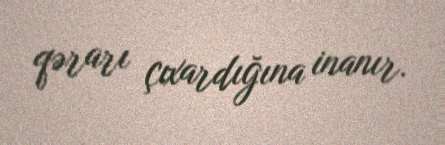
qərarı çıxardığına inanır.